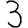
Digit: 3